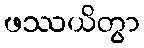
ဖဿယိတွာ